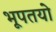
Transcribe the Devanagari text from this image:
भूपतयो